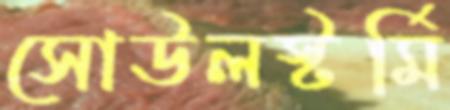
সোউলস্টর্মি